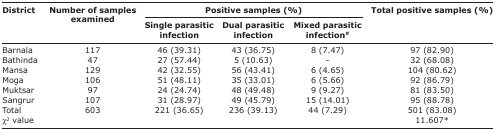
<table><thead><tr><td rowspan="3"><b>District</b></td><td rowspan="3"><b>Number of samples examined</b></td><td colspan="3"><b>Positive samples (%)</b></td><td rowspan="3"><b>Total positive samples (%)</b></td></tr><tr><td><b>Single parasitic infection</b></td><td><b>Dual parasitic infection</b></td><td><b>Mixed parasitic infection<sup>#</sup></b></td></tr></thead><tbody><tr><td>Barnala</td><td>117</td><td>46 (39.31)</td><td>43 (36.75)</td><td>8 (7.47)</td><td>97 (82.90)</td></tr><tr><td>Bathinda</td><td>47</td><td>27 (57.44)</td><td>5 (10.63)</td><td>-</td><td>32 (68.08)</td></tr><tr><td>Mansa</td><td>129</td><td>42 (32.55)</td><td>56 (43.41)</td><td>6 (4.65)</td><td>104 (80.62)</td></tr><tr><td>Moga</td><td>106</td><td>51 (48.11)</td><td>35 (33.01)</td><td>6 (5.66)</td><td>92 (86.79)</td></tr><tr><td>Muktsar</td><td>97</td><td>24 (24.74)</td><td>48 (49.48)</td><td>9 (9.27)</td><td>81 (83.50)</td></tr><tr><td>Sangrur</td><td>107</td><td>31 (28.97)</td><td>49 (45.79)</td><td>15 (14.01)</td><td>95 (88.78)</td></tr><tr><td>Total</td><td>603</td><td>221 (36.65)</td><td>236 (39.13)</td><td>44 (7.29)</td><td>501 (83.08)</td></tr><tr><td>χ<sup>2</sup> value</td><td></td><td></td><td></td><td></td><td>11.607*</td></tr></tbody></table>